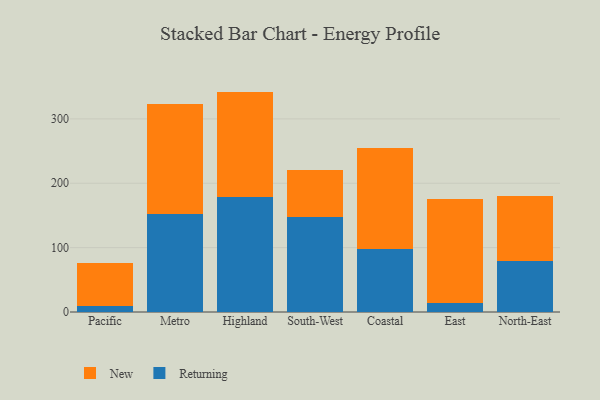
{"axis": {"x": "Region", "y": "Bounce Rate (%)"}, "legend": ["New", "Returning"], "data": [{"x": "Pacific", "y": 8.9, "type": "Returning"}, {"x": "Pacific", "y": 67.0, "type": "New"}, {"x": "Metro", "y": 152.6, "type": "Returning"}, {"x": "Metro", "y": 170.0, "type": "New"}, {"x": "Highland", "y": 179.3, "type": "Returning"}, {"x": "Highland", "y": 163.1, "type": "New"}, {"x": "South-West", "y": 147.7, "type": "Returning"}, {"x": "South-West", "y": 72.5, "type": "New"}, {"x": "Coastal", "y": 97.5, "type": "Returning"}, {"x": "Coastal", "y": 157.0, "type": "New"}, {"x": "East", "y": 14.1, "type": "Returning"}, {"x": "East", "y": 161.0, "type": "New"}, {"x": "North-East", "y": 79.4, "type": "Returning"}, {"x": "North-East", "y": 101.0, "type": "New"}]}